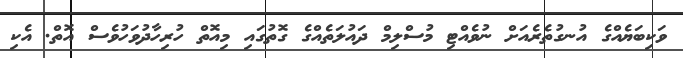
ވަކިބަޔެއްގެ އުނގުތެރެއަށް ނުވެއްޓި މުސްލިމް ދައުލަތެއްގެ ގޮތުގައި މިއޮތް ހުރިހާދުވަހުވެސް އޮތް. އެކި